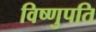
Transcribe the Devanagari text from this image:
विष्णुपति